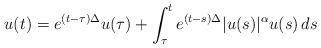
LaTeX: \begin{align*} u(t)= e^{(t- \tau ) \Delta } u( \tau ) + \int _\tau ^t e^{(t- s ) \Delta } |u(s)|^\alpha u(s) \,ds \end{align*}